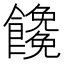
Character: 𩟖